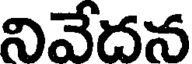
నివేదన